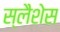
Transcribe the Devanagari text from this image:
स्लैशेस